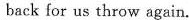
back for us throw again.